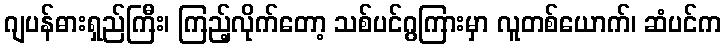
ဂျပန်ဓားရှည်ကြီး၊ ကြည့်လိုက်တော့ သစ်ပင်ဂွကြားမှာ လူတစ်ယောက်၊ ဆံပင်က